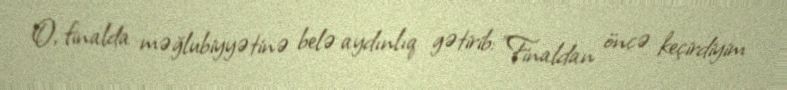
O, finalda məğlubiyyətinə belə aydınlıq gətirib: "Finaldan öncə keçirdiyim